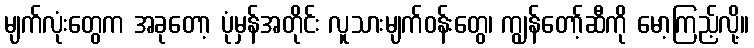
မျက်လုံးတွေက အခုတော့ ပုံမှန်အတိုင်း လူသားမျက်ဝန်းတွေ၊ ကျွန်တော့်ဆီကို မော့ကြည့်လို့။